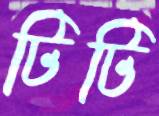
টিটি